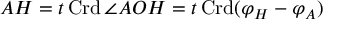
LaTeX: A H = t \operatorname { C r d } \angle A O H = t \operatorname { C r d } ( \varphi _ { H } - \varphi _ { A } )